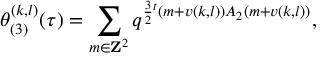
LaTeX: \theta _ { ( 3 ) } ^ { ( k , l ) } ( \tau ) = \sum _ { m \in { \bf Z } ^ { 2 } } q ^ { \frac { 3 } { 2 } { } ^ { t } ( m + v ( k , l ) ) A _ { 2 } ( m + v ( k , l ) ) } ,